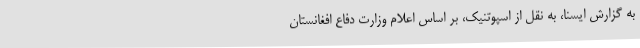
به گزارش ایسنا، به نقل از اسپوتنیک، بر اساس اعلام وزارت دفاع افغانستان